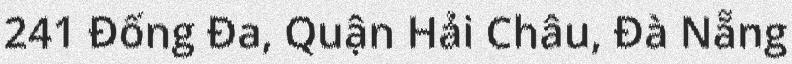
241 Đống Đa, Quận Hải Châu, Đà Nẵng